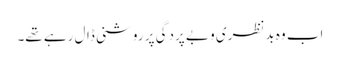
اب وہ بدنظری و بے پردگی پر روشنی ڈال رہے تھے۔